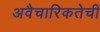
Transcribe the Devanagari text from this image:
अवैचारिकतेची